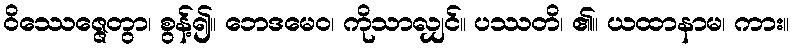
ဝိဿေဇ္ဇေတွာ၊ စွန့်၍။ ဘေဒမေဝ၊ ကိုသာလျှင်။ ပဿတိ၊ ၏။ ယထာနာမ၊ ကား။